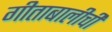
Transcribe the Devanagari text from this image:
गीताबालीची